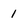
Character: 1